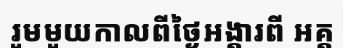
រួមមួយកាលពីថ្ងៃអង្គារពី អគ្គ